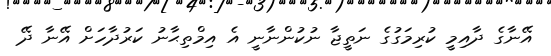
އޭނާގެ ދާއިމީ ކުރިމަގުގެ ނަތީޖާ ނުކުންނާނީ އެ އިމްތިޙާނު ކަރުދާހަށް އޭނާ ދޭ